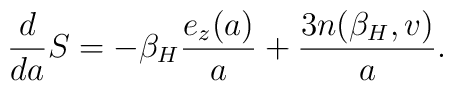
{d\over da}S=-{\beta_H }{e_z(a)\over a}+{3 n({\beta_H },v)\over a}.